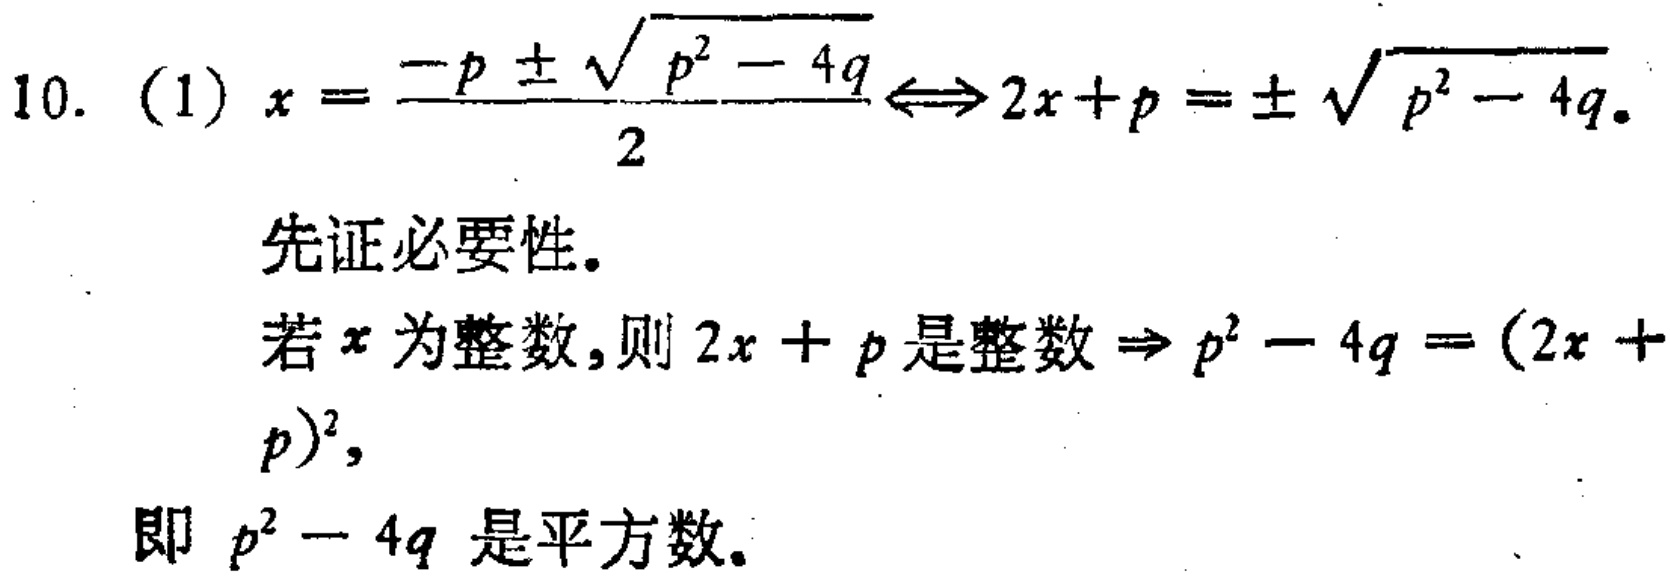
10. (1) \(x = \frac{-p \pm \sqrt{p^{2}-4q}}{2} \Leftrightarrow 2x + p = \pm \sqrt{p^{2}-4q}\).
先证必要性。
若\(x\)为整数，则\(2x + p\)是整数\(\Rightarrow p^{2}-4q=(2x + p)^{2}\)，
即 \(p^{2}-4q\) 是平方数。